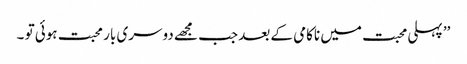
’’ پہلی محبت میں ناکامی کے بعد جب مجھے دوسری بار محبت ہوئی تو ۔